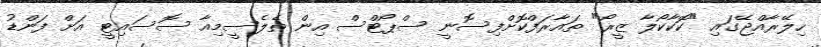
ހިލޭރާއްޖޭގައި "ކޮކާކޯލާ ޒީރޯ" ތައާރަފްކޮށްފިސޮނީ ސްޕޯޓްސް އިން ތެލެސީމިއާ ސޮސައިޓީ އަށް ފަންޑު